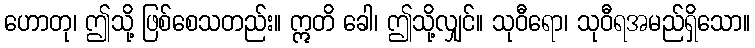
ဟောတု၊ ဤသို့ ဖြစ်စေသတည်း။ ဣတိ ခေါ၊ ဤသို့လျှင်။ သုဝီရော၊ သုဝီရအမည်ရှိသော။